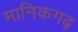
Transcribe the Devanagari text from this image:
मानिकगढ़